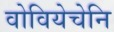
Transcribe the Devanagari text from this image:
वोवियेचेनि